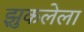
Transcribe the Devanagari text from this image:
झुकलेला